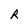
Character: R